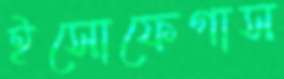
ইসোফেগাস